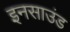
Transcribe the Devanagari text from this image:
इनसाउंड